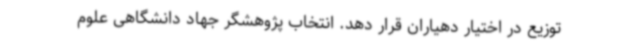
توزیع در اختیار دهیاران قرار دهد. انتخاب پژوهشگر جهاد دانشگاهی علوم